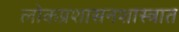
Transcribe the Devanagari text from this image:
लोकप्रशासनशास्त्रात